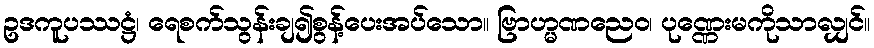
ဥဒကူပဿဋ္ဌံ၊ ရေစက်သွန်းချ၍စွန့်ပေးအပ်သော။ ဗြာဟ္မဏညေဝ၊ ပုဏ္ဏေးမကိုသာလျှင်။